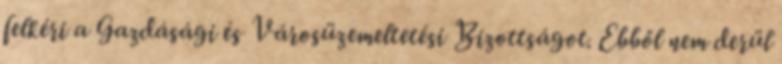
felkéri a Gazdásági és Városüzemeltetési Bizottságot. Ebből nem derül